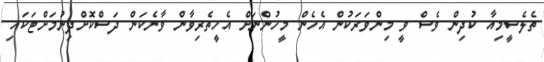
ތެލެސީމިއާ ކުދިން ވެސް ވީ މިންވަރަކުން އެހެން މީހުންނަށް އެހީތެރިވާން ވާނެކަން ދަސްކޮށްދިނުމަށްޓަކައި